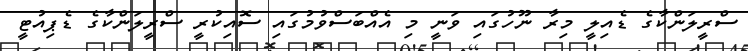
ސްރީލަންކާގެ ޑެއިލީ މިރާ ނޫހުގައި ވަނީ މި އެއްބަސްވުމުގައި ސޮއިކުރީ ސްރީލަންކާގެ ޑެޕިއުޓީ